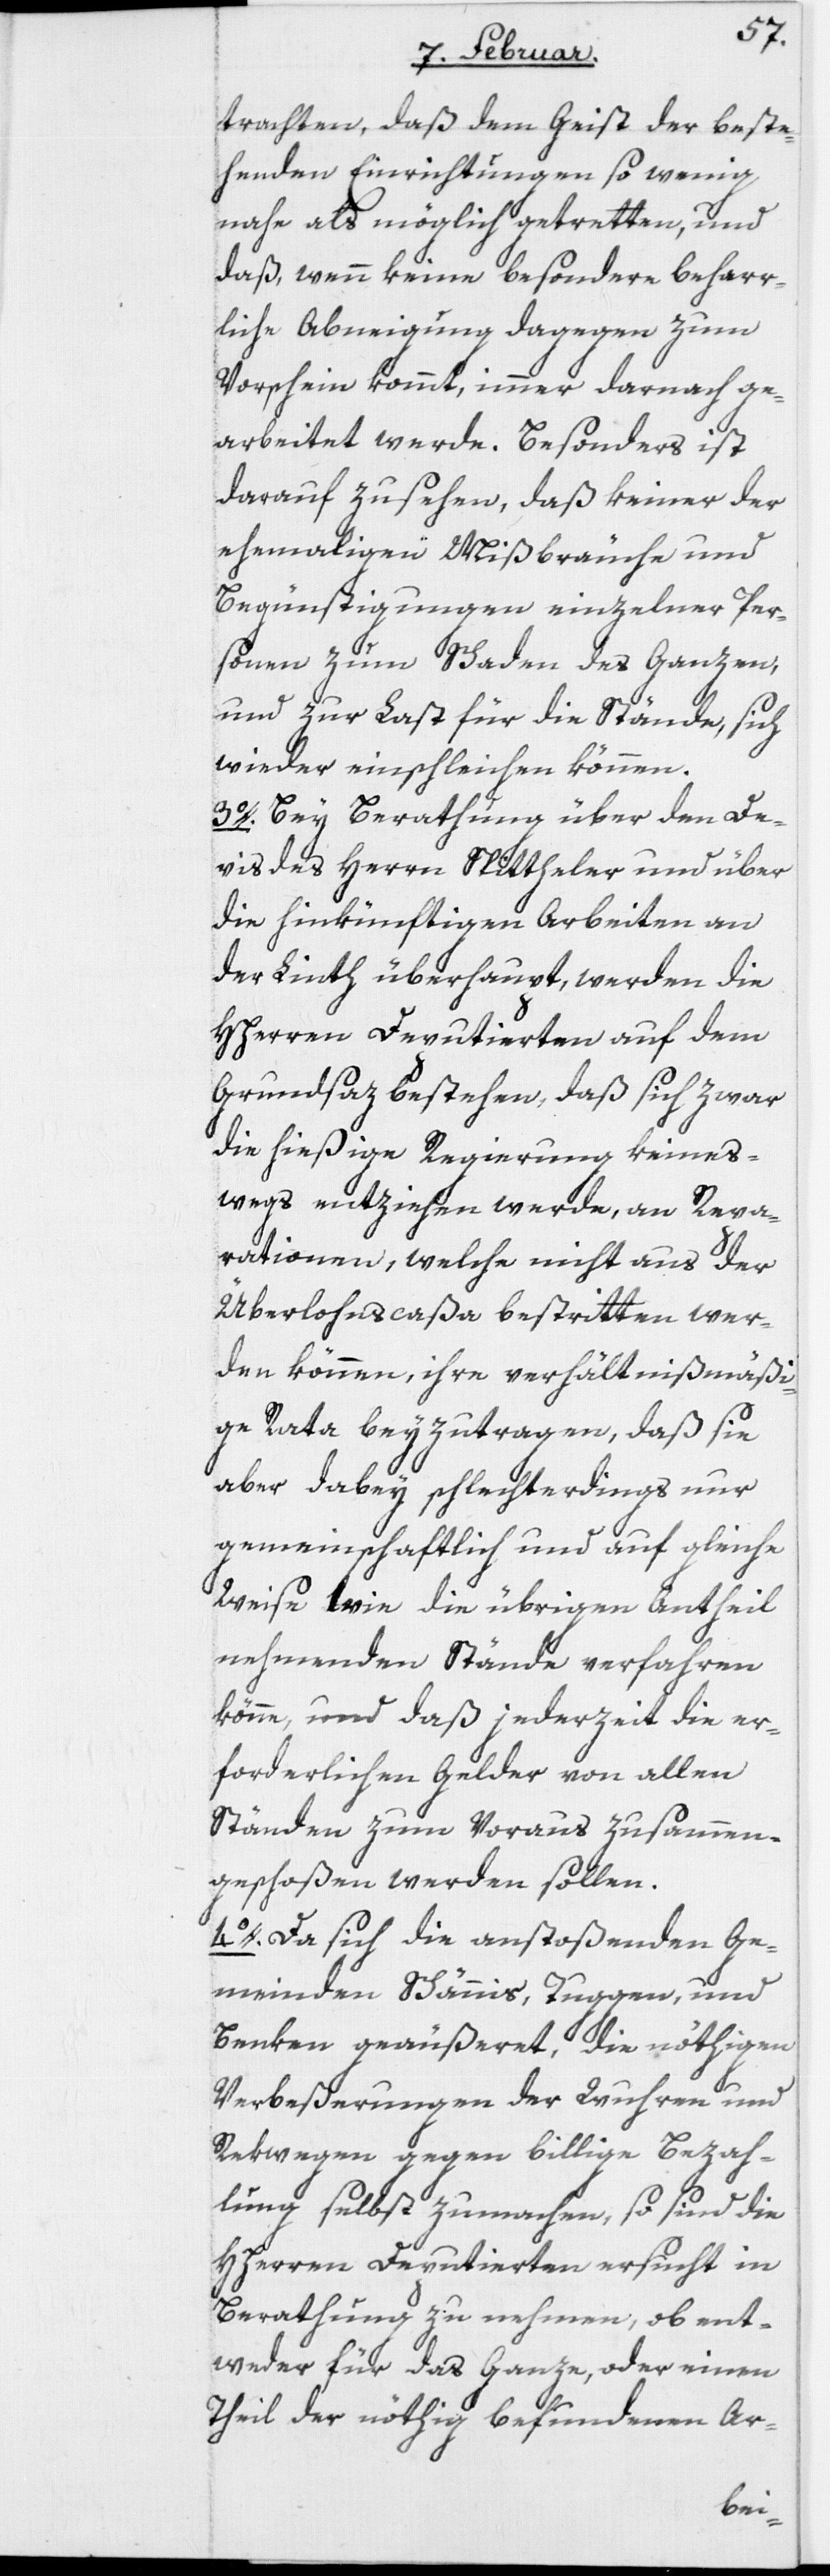
trachten, daß dem Geist der beste¬
henden Einrichtungen so wenig
nahe als möglich getretten, und
daß, wenn keine besondere beharr¬
liche Abneigung dagegen zum
Vorschein kommt, immer darnach ge¬
arbeitet werde. Besonders ist
darauf zu sehen, daß keiner der
ehemaligen Mißbräuche und
Begünstigungen einzelner Per¬
sonen zum Schaden des Ganzen,
und zur Last für die Stände, sich
wieder einschleichen können.
3o. Bey Berathung über den De¬
vis des Herrn Spittheler und über
die hinkünftigen Arbeiten an
der Linth überhaupt, werden die
Hherren Deputierten auf dem
Grundsatz bestehen, daß sich zwar
die hießige Regierung keines¬
wegs entziehen werde, an Repa¬
rationen, welche nicht aus der
Überlohnscaßa bestritten wer¬
den können, ihre verhältnißmäßi¬
ge Rata beyzutragen, daß sie
aber dabey schlechterdings nur
gemeinschaftlich und auf gleiche
Weise wie die übrigen Antheil
nehmenden Stände verfahren
könne, und daß jederzeit die er¬
forderlichen Gelder von allen
Ständen zum Voraus zusammen¬
geschoßen werden sollen.
4o. Da sich die anstoßenden Ge¬
meinden Schännis, Tuggen, und
Benken geäußeret, die nöthigen
Verbeßerungen der Wuhren und
Rekwegen gegen billige Bezah¬
lung selbst zu machen, so sind die
Hherren Deputierten ersucht in
Berathung zu nehmen, ob ent¬
weder für das Ganze, oder einen
Theil der nöthig befundenen Ar-